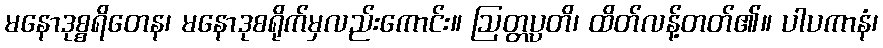
မနောဒုစ္စရိတေန၊ မနောဒုစရိုက်မှလည်းကောင်း။ ဩတ္တပ္ပတိ၊ ထိတ်လန့်တတ်၏။ ပါပကာနံ၊